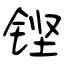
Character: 铿